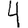
Digit: 4